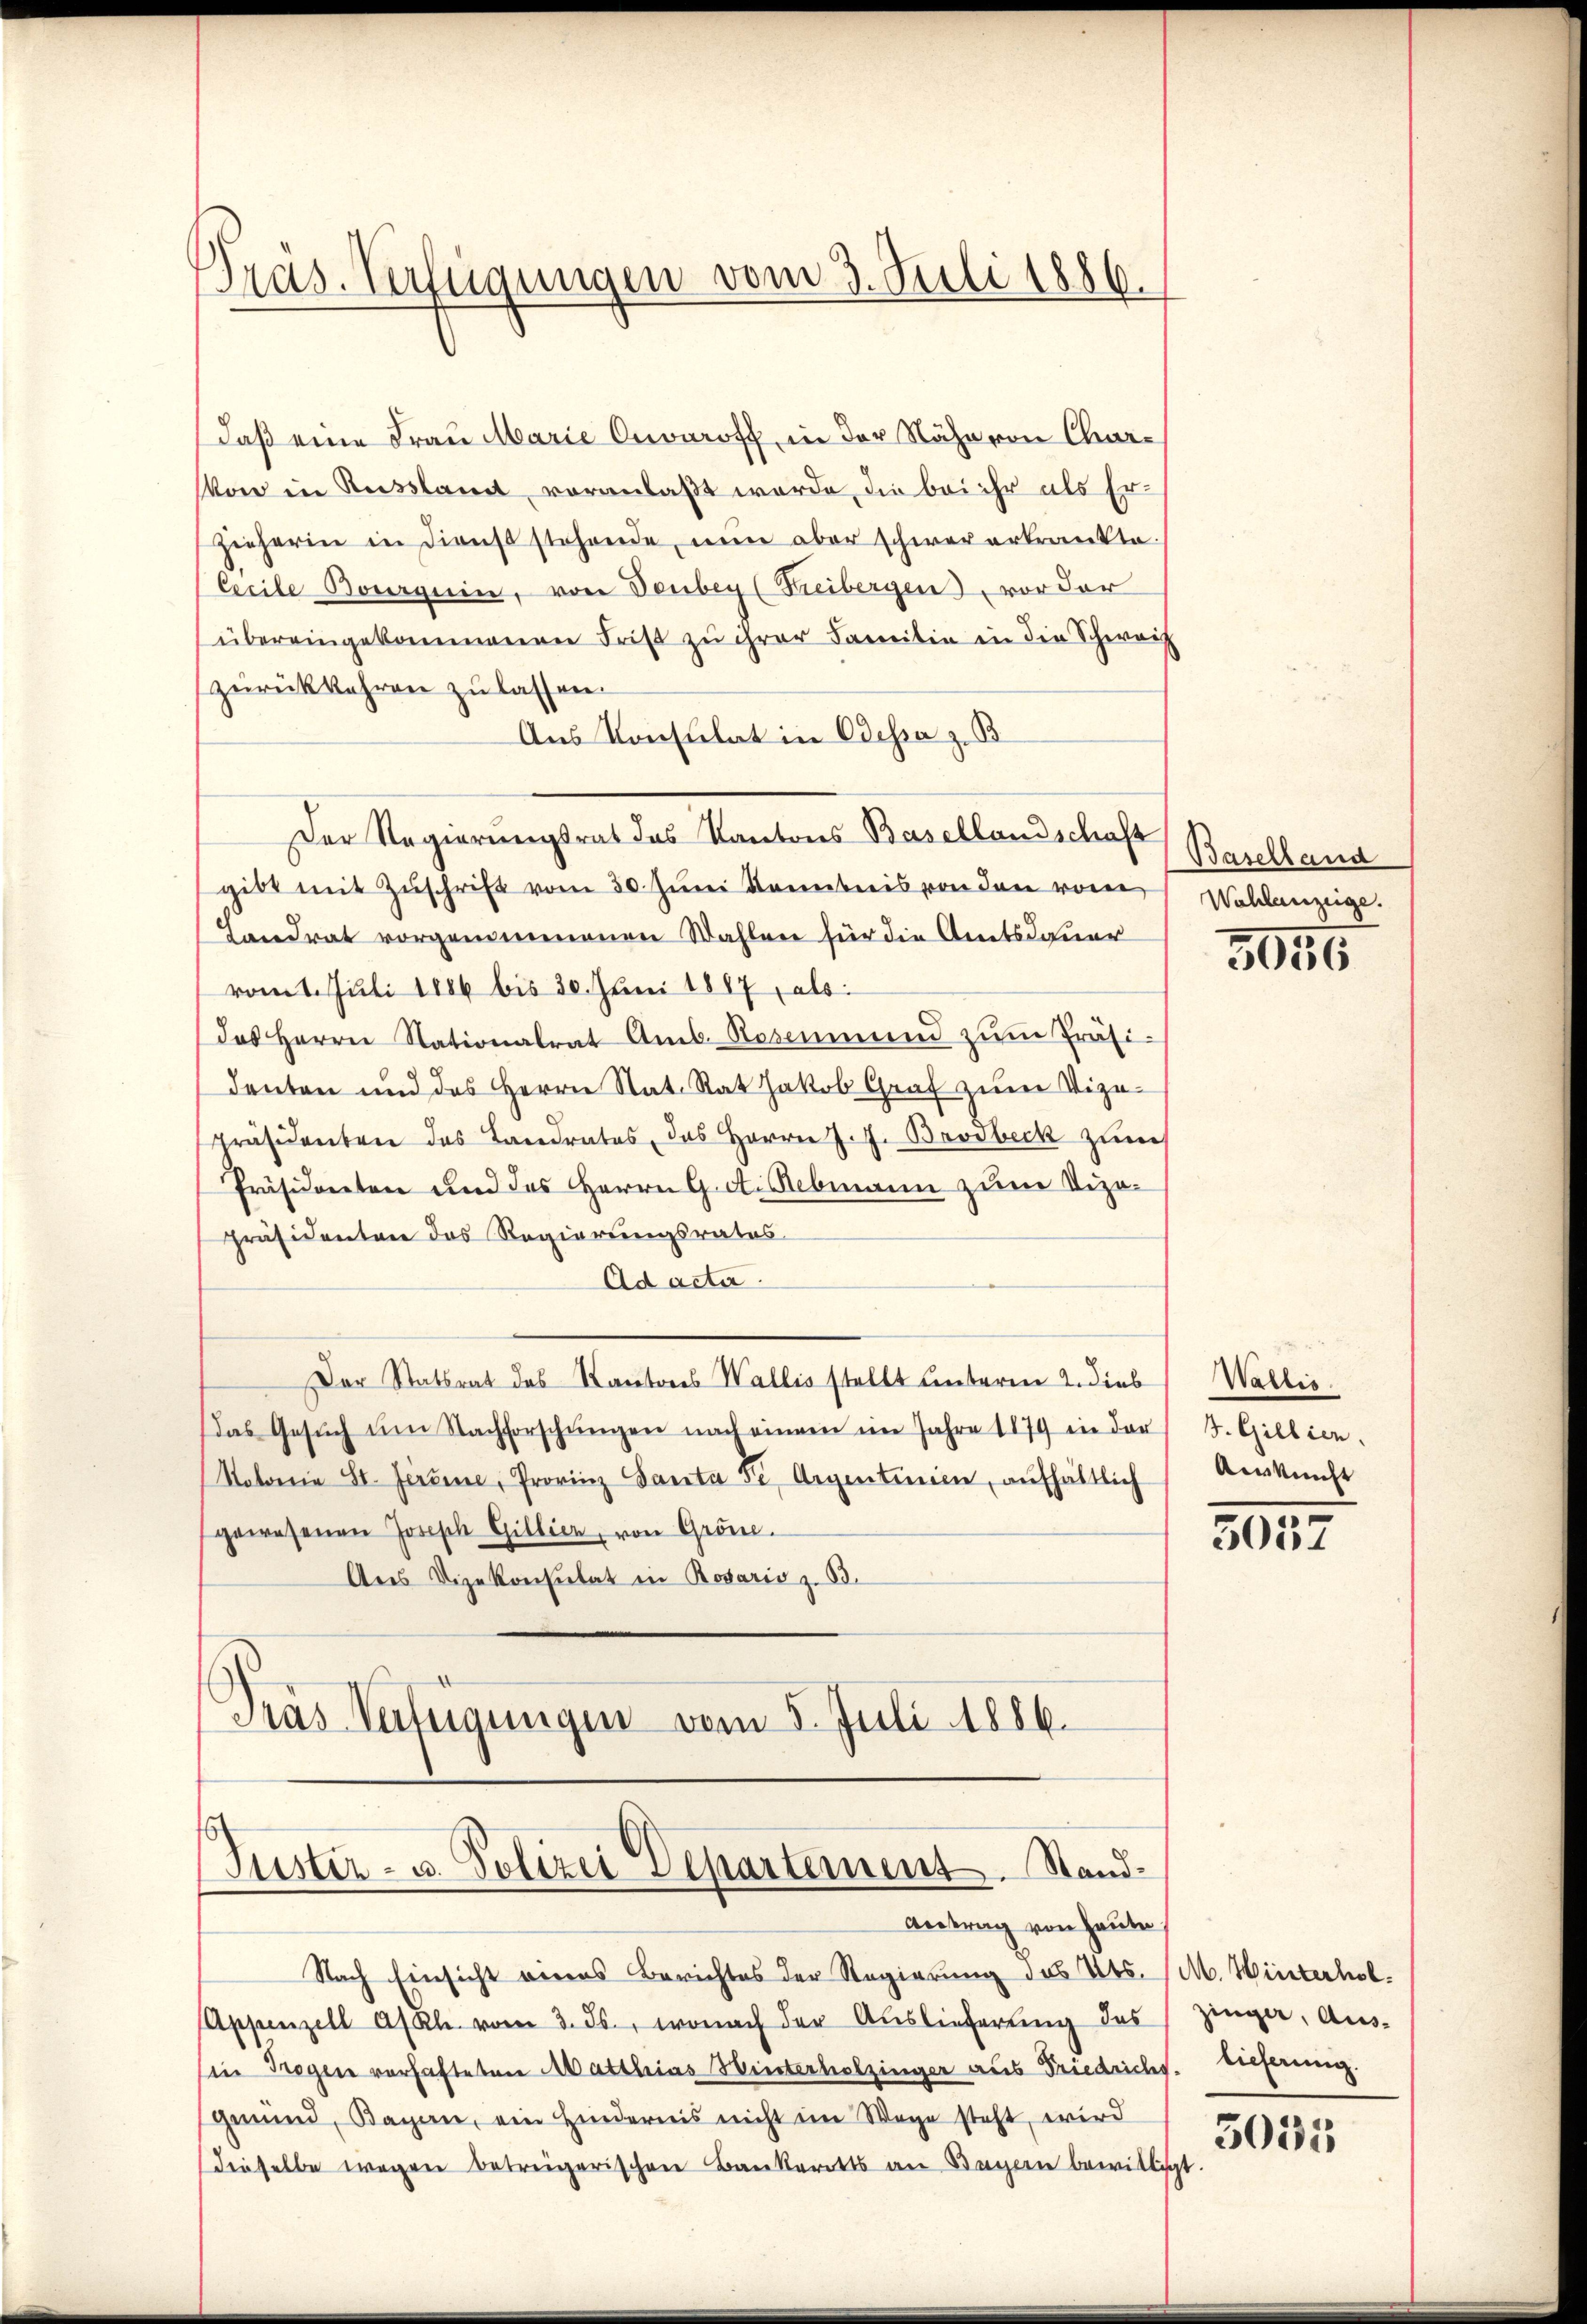
Präs. Verfügungen vom 3. Juli 1886.

daß eine Frau Marie Onoeroff in der Nähe von Char¬
Von in Russlamt voranlaßt werde, die bei ihr als Erzieherin in dienst stehende nun aber schwererkrankte.
Ceeile Boguin, von Deubey (Freibergen, vor der
übereingekommenen Frist zu ihrer Familie in die Schweiz
zurückkehren zu lassen.
Aus Konsulat in Odessa z. B
Der Regierungsrat das Kantons Basellandschaft Baselland
gibt mit Zŭschrift vom 30. Juni Rembris von den von
Landrat vorgenommenen Wahlen für die Amtsdauer
vomt. Juli 1886 bis 30. Juni 1887, als
das Herrn Stationalrat Amt. Resimmend zŭm Präsi-
denten und des Herrn Nat. Rat Jakob Graf zum Vize-
Präsidenten des Landrates, das Herrn J. J. Brodbeck zum
Präsidenten und des Herrn G. d. Rebmann zum Vizo¬
Präsidenten das Regierungsrates
Ad acta.
Der Statsrat des Kantons Wallis stellt unterm 2. Dieb
Das Gesŭch am Nachforschŭngen nach einem im Jahre 1879 in der
Noloria St. Ferdine, Provinz Santa Se. Aigentinien, aufhältlich
gewesenen Josisch Gillier, von Gröne.
Aus Vizekonsulat in Rosario z. B.
Pras Verfügungen vom 5. Juli 1886.

Tuster- u. Polizei Departement. Stand¬
Antrag von heute,

Wahlanzeige.

Nach Einsicht eines Berichtes der Regierung des Kts. (M. Winterhol
Appenzell A/Rh. vom 3. ds., wonach der Auslieferung des
Ein Trogen verhafteten Matthias Winterholzinger aus Friedrichs.
grund, Baron, ein Hindernis nicht im Wege steht, wird
dieselbe wegen betreigerischen Baukeritts an Bagern bewilligt

3056

Wallis.
J. Gillien.
Auskunft

3057

zinger, Auslieferung.

3055